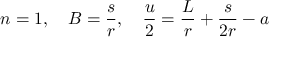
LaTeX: n = 1 , ~ ~ ~ B = { \frac { s } { r } } , ~ ~ ~ { \frac { u } { 2 } } = { \frac { L } { r } } + { \frac { s } { 2 r } } - a